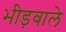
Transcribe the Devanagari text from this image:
भीड़वाले